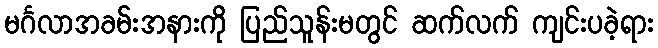
မင်္ဂလာအခမ်းအနားကို ပြည်သူန်းမတွင် ဆက်လက် ကျင်းပခဲ့ရား